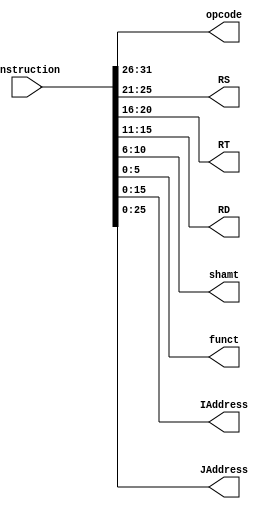
module InstructionDecoder(
			  input [31:0] instruction,
			  output [5:0] opcode,
			  output [4:0] RS,
			  output [4:0] RT,
			  output [4:0] RD,
			  output [4:0] shamt,
			  output [5:0] funct,
			  output [15:0] IAddress,
			  output [25:0] JAddress
			  );
   
   assign opcode   = instruction[31:26];
   assign RS       = instruction[25:21];
   assign RT       = instruction[20:16];
   assign RD       = instruction[15:11];
   assign shamt    = instruction[10:6];
   assign funct    = instruction[5:0];
   assign IAddress = instruction[15:0];
   assign JAddress = instruction[25:0];

endmodule